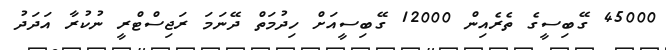
45000 ގޭބިސީގެ ތެރެއިން 12000 ގޭބިސީއަށް ހިދުމަތް ދޭނަމަ ރަޖިސްޓްރީ ނުކުރާ އަދަދު